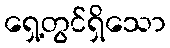
ရှေ့တွင်ရှိသော